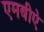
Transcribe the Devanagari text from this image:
एमबीऐ